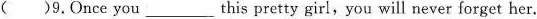
( )9.Once you ___ this pretty girl, you will never forget her.